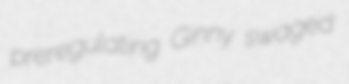
preregulating Ginny swaged